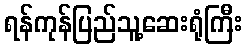
ရန်ကုန်ပြည်သူ့ဆေးရုံကြီး